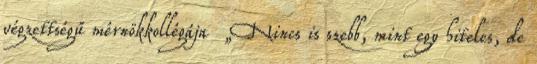
végzettségű mérnökkollégája „Nincs is szebb, mint egy hiteles, de